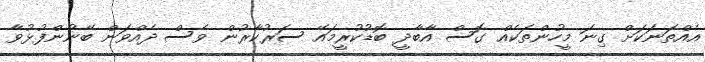
އެއްތަނަކަށް ގިނަ މީހުންތަކެއް ގޮސް އާބާދީ ބޮޑުކުރީމައޭ ސަރުކާރުން ވެސް ދެއްވަން ބޭނުންފުޅުވާ